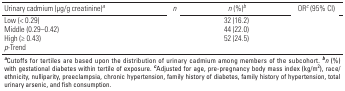
<table><thead><tr><td><b>Urinary cadmium (μg/g creatinine)<sup><i>a</i></sup></b></td><td><b><i>n</i></b></td><td><b><i>n</i> (%)<sup><i>b</i></sup></b></td><td><b>OR<sup><i>c</i></sup> (95% CI)</b></td></tr></thead><tbody><tr><td><b>Low (&lt; 0.29)</b></td><td>[EMPTY_CELL]</td><td>32 (16.2)</td><td>[EMPTY_CELL]</td></tr><tr><td><b>Middle (0.29–0.42)</b></td><td>[EMPTY_CELL]</td><td>44 (22.0)</td><td>[EMPTY_CELL]</td></tr><tr><td><b>High (≥ 0.43) </b></td><td>[EMPTY_CELL]</td><td>52 (24.5)</td><td>[EMPTY_CELL]</td></tr><tr><td><b><i>p</i>-Trend</b></td><td>[EMPTY_CELL]</td><td>[EMPTY_CELL]</td><td>[EMPTY_CELL]</td></tr><tr><td colspan="4"><sup><i><b>a</b></i></sup>Cutoffs for tertiles are based upon the distribution of urinary cadmium among members of the subcohort. <sup><i><b>b</b></i></sup><i>n</i> (%) with gestational diabetes within tertile of exposure. <sup><i><b>c</b></i></sup>Adjusted for age, pre-pregnancy body mass index (kg/m<sup>2</sup>), race/ethnicity, nulliparity, preeclampsia, chronic hypertension, family history of diabetes, family history of hypertension, total urinary arsenic, and fish consumption. </td></tr></tbody></table>